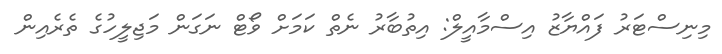
މިނިސްޓަރު ފައްޔާޒު އިސްމާއީލް: އިތުބާރު ނެތް ކަމަށް ވޯޓް ނަގަން މަޖިލީހުގެ ތެރެއިން